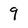
Character: 9